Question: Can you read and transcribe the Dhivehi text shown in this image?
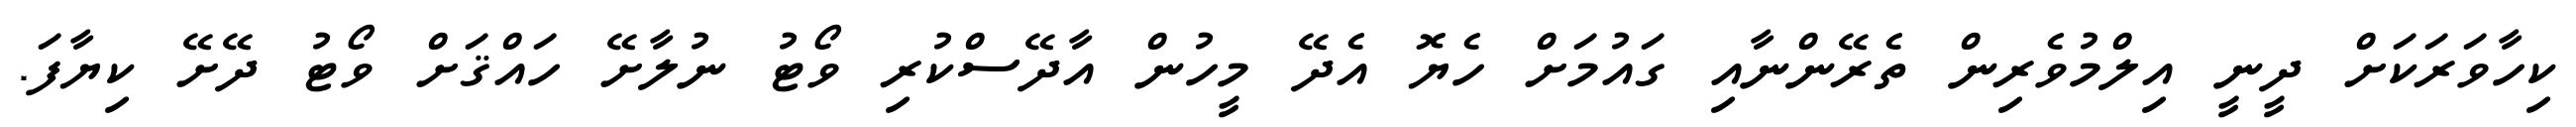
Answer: ކިހާވަރަކަށް ދީނީ އިލްމުވެރިން ތެރޭންނާއި ގައުމަށް ހެޔޮ އެދޭ މީހުން އާދޭސްކުރި ވޯޓު ނުލާށޭ ހައްޤަށް ވޯޓު ދޭށޭ ކިޔާފަ.